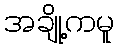
အချို့ကမူ